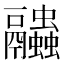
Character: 𧖓